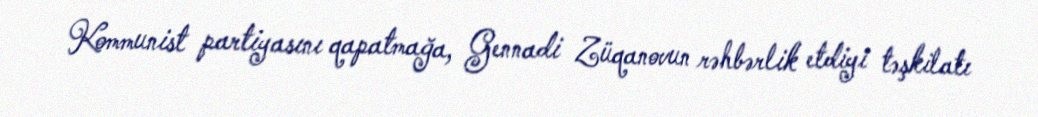
Kommunist partiyasını qapatmağa, Gennadi Züqanovun rəhbərlik etdiyi təşkilatı